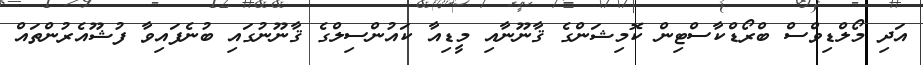
އަދި މޯލްޑިވްސް ބްރޯޑްކާސްޓިން ކޮމިޝަންގެ ޤާނޫނާއި މީޑިއާ ކައުންސިލްގެ ޤާނޫނުގައި ބުނެފައިވާ ފުޝޫއެރުންތައް